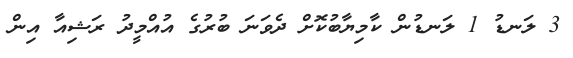
3 ލަނޑު 1 ލަނޑުން ކާމިޔާބުކޮށް ދެވަނަ ބުރުގެ އުއްމީދު ރަޝިއާ އިން